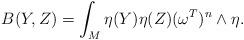
LaTeX: \begin{align*}B(Y, Z)=\int_M \eta(Y) \eta(Z) (\omega^T)^n\wedge \eta. \end{align*}